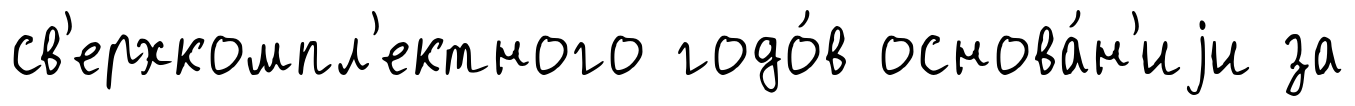
св'ерхкомпл'ектного годо́в основа́н'иjи за